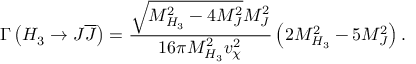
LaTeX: \Gamma \left( H _ { 3 } \to J \overline { { { J } } } \right) = \frac { \sqrt { M _ { H _ { 3 } } ^ { 2 } - 4 M _ { J } ^ { 2 } } M _ { J } ^ { 2 } } { 1 6 \pi M _ { H _ { 3 } } ^ { 2 } v _ { \chi } ^ { 2 } } \left( 2 M _ { H _ { 3 } } ^ { 2 } - 5 M _ { J } ^ { 2 } \right) .